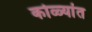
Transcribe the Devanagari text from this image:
कोळ्यांत